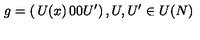
g = \left( \begin{matrix} { U ( x ) } & { 0 } \\ { 0 } & { U ^ { \prime } } \\ \end{matrix} \right) , U , U ^ { \prime } \in U ( N )